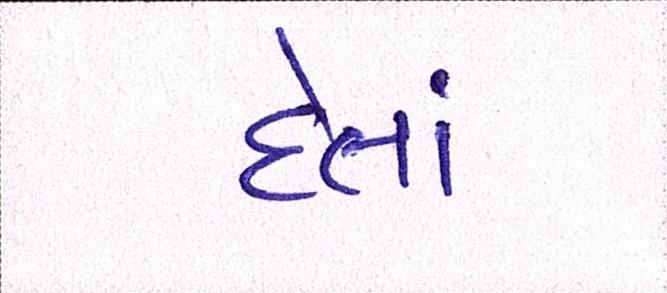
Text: દેતાં